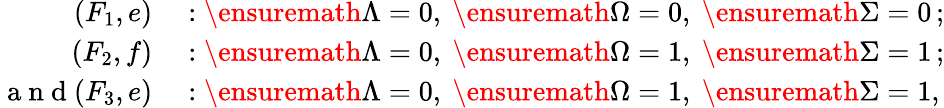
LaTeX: \begin{array}{rl}{(F_{1},e)}&{{}:\ensuremath{\Lambda}=0,\ \ensuremath{\Omega}=0,\ \ensuremath{\Sigma}=0\, ;}\\ {(F_{2},f)}&{{}:\ensuremath{\Lambda}=0,\ \ensuremath{\Omega}=1,\ \ensuremath{\Sigma}=1\, ;}\\ {\mathrm{~a~n~d~}(F_{3},e)}&{{}:\ensuremath{\Lambda}=0,\ \ensuremath{\Omega}=1,\ \ensuremath{\Sigma}=1,}\end{array}